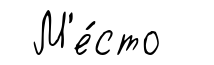
М'е́сто